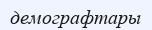
демографтары